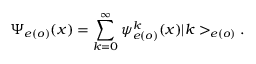
\Psi _ { e ( o ) } ( x ) = \sum _ { k = 0 } ^ { \infty } \psi _ { e ( o ) } ^ { k } ( x ) | k > _ { e ( o ) } .